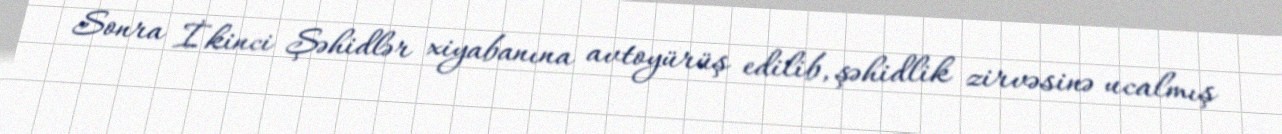
Sonra İkinci Şəhidlər xiyabanına avtoyürüş edilib, şəhidlik zirvəsinə ucalmış